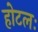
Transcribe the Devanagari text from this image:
होटलः